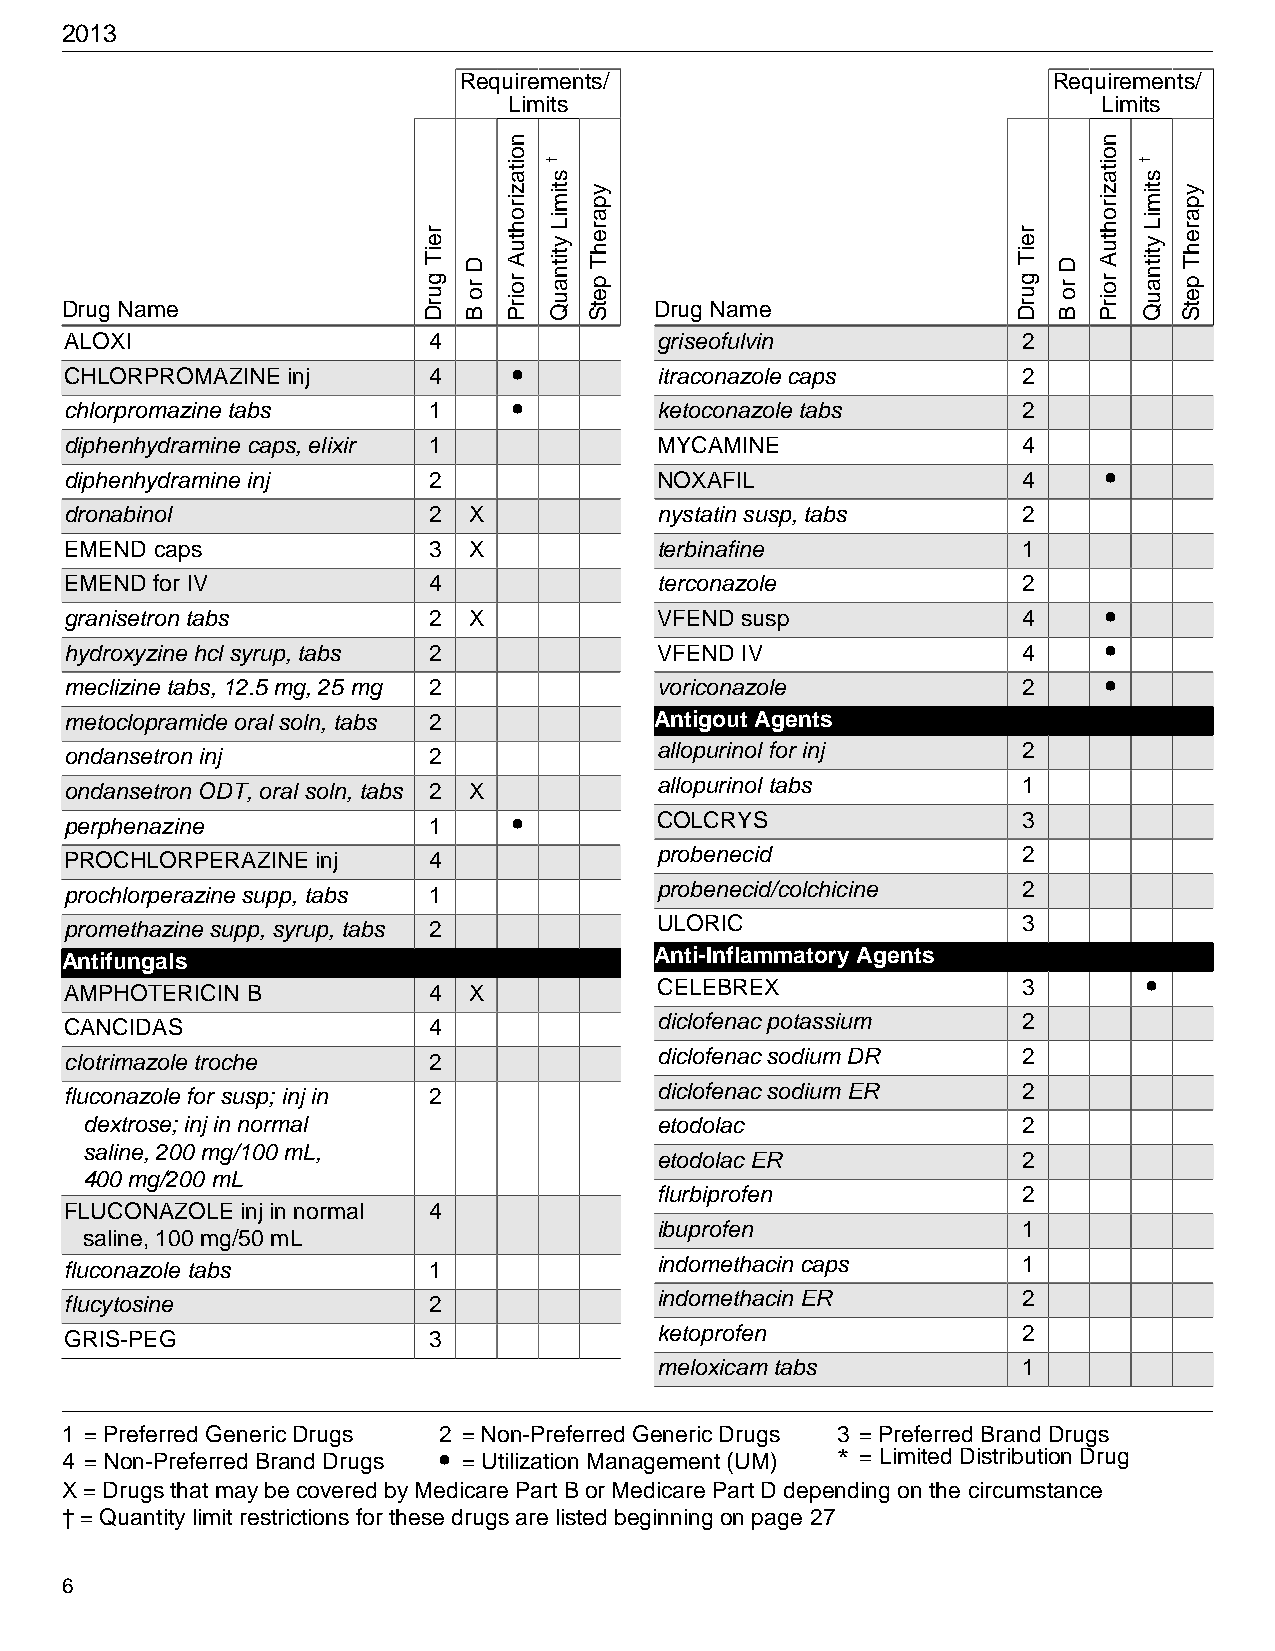
2013
 Requirements/                           Requirements/
 Limits                                 Limits
 Drug Name                              Drug Name
 ALOXI                   4               griseofulvin            2
 CHLORPROMAZINE inj      4     •         itraconazole caps       2
 chlorpromazine tabs     1     •         ketoconazole tabs       2
 diphenhydramine caps, elixir 1          MYCAMINE                4
 diphenhydramine inj     2               NOXAFIL                 4    •
 dronabinol              2  X            nystatin susp, tabs     2
 EMEND caps              3  X            terbinafine             1
 EMEND for IV            4               terconazole             2
 granisetron tabs        2  X            VFEND susp              4    •
 hydroxyzine hcl syrup, tabs 2           VFEND IV                4    •
 meclizine tabs, 12.5 mg, 25 mg 2        voriconazole            2    •
 metoclopramide oral soln, tabs 2       Antigout Agents
 ondansetron inj         2               allopurinol for inj     2
 ondansetron ODT, oral soln, tabs 2 X    allopurinol tabs        1
 perphenazine            1     •         COLCRYS                 3
 PROCHLORPERAZINE inj    4               probenecid              2
 prochlorperazine supp, tabs 1           probenecid/colchicine   2
 promethazine supp, syrup, tabs 2        ULORIC                  3
 Antifungals                            Anti-Inflammatory Agents
 AMPHOTERICIN B          4  X            CELEBREX                3       •
 CANCIDAS                4               diclofenac potassium    2
 clotrimazole troche     2               diclofenac sodium DR    2
 fluconazole for susp; inj in 2          diclofenac sodium ER    2
 dextrose; inj in normal               etodolac                2
 saline, 200 mg/100 mL,
 etodolac ER             2
 400 mg/200 mL
 flurbiprofen            2
 FLUCONAZOLE inj in normal 4
 ibuprofen               1
 saline, 100 mg/50 mL
 fluconazole tabs        1               indomethacin caps       1
 flucytosine             2               indomethacin ER         2
 GRIS-PEG                3               ketoprofen              2
 meloxicam tabs          1
 1 = Preferred Generic Drugs 2 = Non-Preferred Generic Drugs 3 = Preferred Brand Drugs
 4 = Non-Preferred Brand Drugs • = Utilization Management (UM) * = Limited Distribution Drug
 X = Drugs that may be covered by Medicare Part B or Medicare Part D depending on the circumstance
 † = Quantity limit restrictions for these drugs are listed beginning on page 27
 6
 reiT
 gurD
 D
 ro
 B
 noitazirohtuA
 roirP
 †
 stimiL
 ytitnauQ
 yparehT
 petS
 reiT
 gurD
 D
 ro
 B
 noitazirohtuA
 roirP
 †
 stimiL
 ytitnauQ
 yparehT
 petS